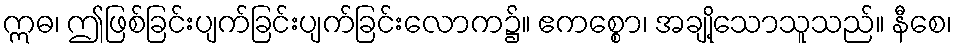
ဣဓ၊ ဤဖြစ်ခြင်းပျက်ခြင်းပျက်ခြင်းလောက၌။ ဧကစ္စော၊ အချို့သောသူသည်။ နီစေ၊